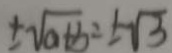
\pm \sqrt { a + b } = \pm \sqrt { 3 }